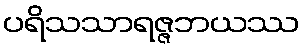
ပရိသသာရဇ္ဇဘယဿ